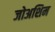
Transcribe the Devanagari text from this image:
जोअशिम